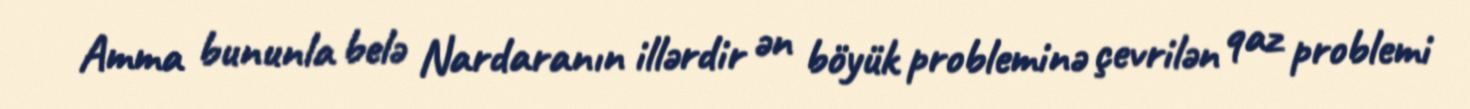
Amma bununla belə Nardaranın illərdir ən böyük probleminə çevrilən qaz problemi